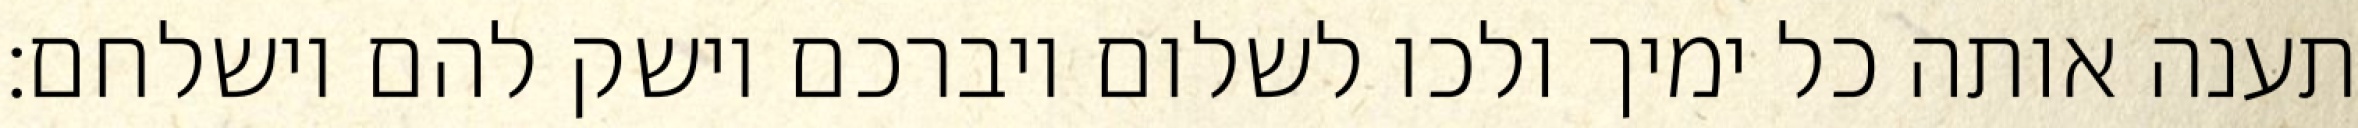
תענה אותה כל ימיך ולכו לשלום ויברכם וישק להם וישלחם: